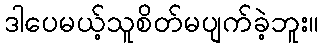
ဒါပေမယ့်သူစိတ်မပျက်ခဲ့ဘူး။